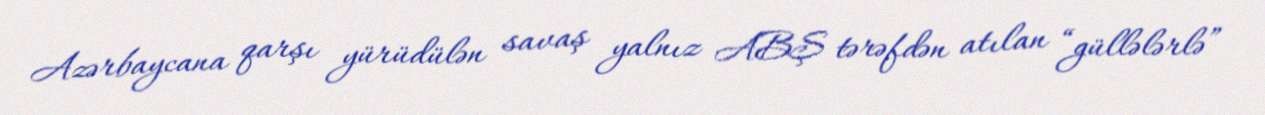
Azərbaycana qarşı yürüdülən savaş yalnız ABŞ tərəfdən atılan “güllələrlə”